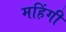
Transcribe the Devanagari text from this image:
महिंगी